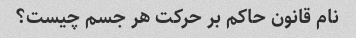
نام قانون حاکم بر حرکت هر جسم چیست؟